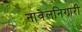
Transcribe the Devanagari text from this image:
नावेलनिगारी